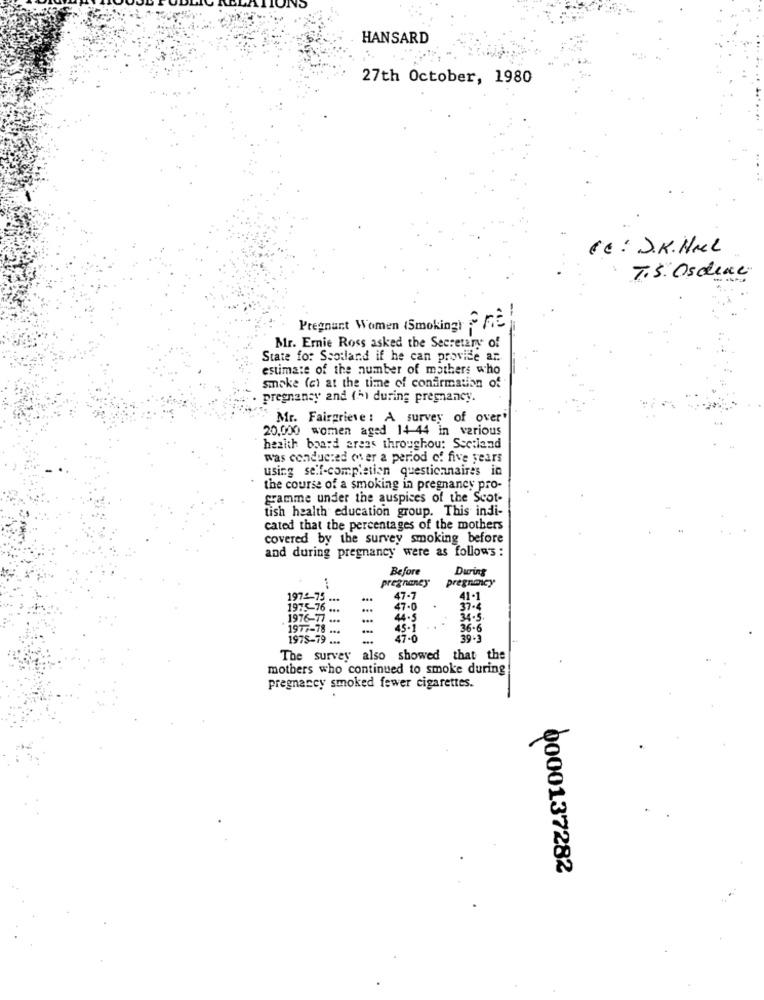
HANSARD
27th October, 1980
CC: J.K. HML
T.S. Osdene
Pregnant Women (Smoking) GE
Mr. Ernie Ross asked the Secretary of
State for Scotland if he can provide ar.
estimate of the number of mathers who
smoke (a) at the time of confirmation of
pregnancy and (h) during pregnancy.
Mr. Fairgrieve : A survey of over'
20,000 women aged 14 44 in various
health board areas throughou: Scotland
was conducted over a period of five years
using self-completion questionnaires in
the course of a smoking in pregnancy pro-
gramme under the auspices of the Scot-
tish health education group. This indi-
cated that the percentages of the mothers
covered by the survey smoking before
and during pregnancy were as follows :
Before
During
pregnancy
pregnancy
1972-75
...
...
47-7
41-1
1975-76 ...
...
47-0
.
37-4
1976-17 .**
44.5
34 . 5 .
1977-78 .**
45-1
.. .
36.6
1975-79 ...
47.0
39.3
The survey also showed that the
mothers who continued to smoke during
pregnancy smoked fewer cigarettes.
0000137282